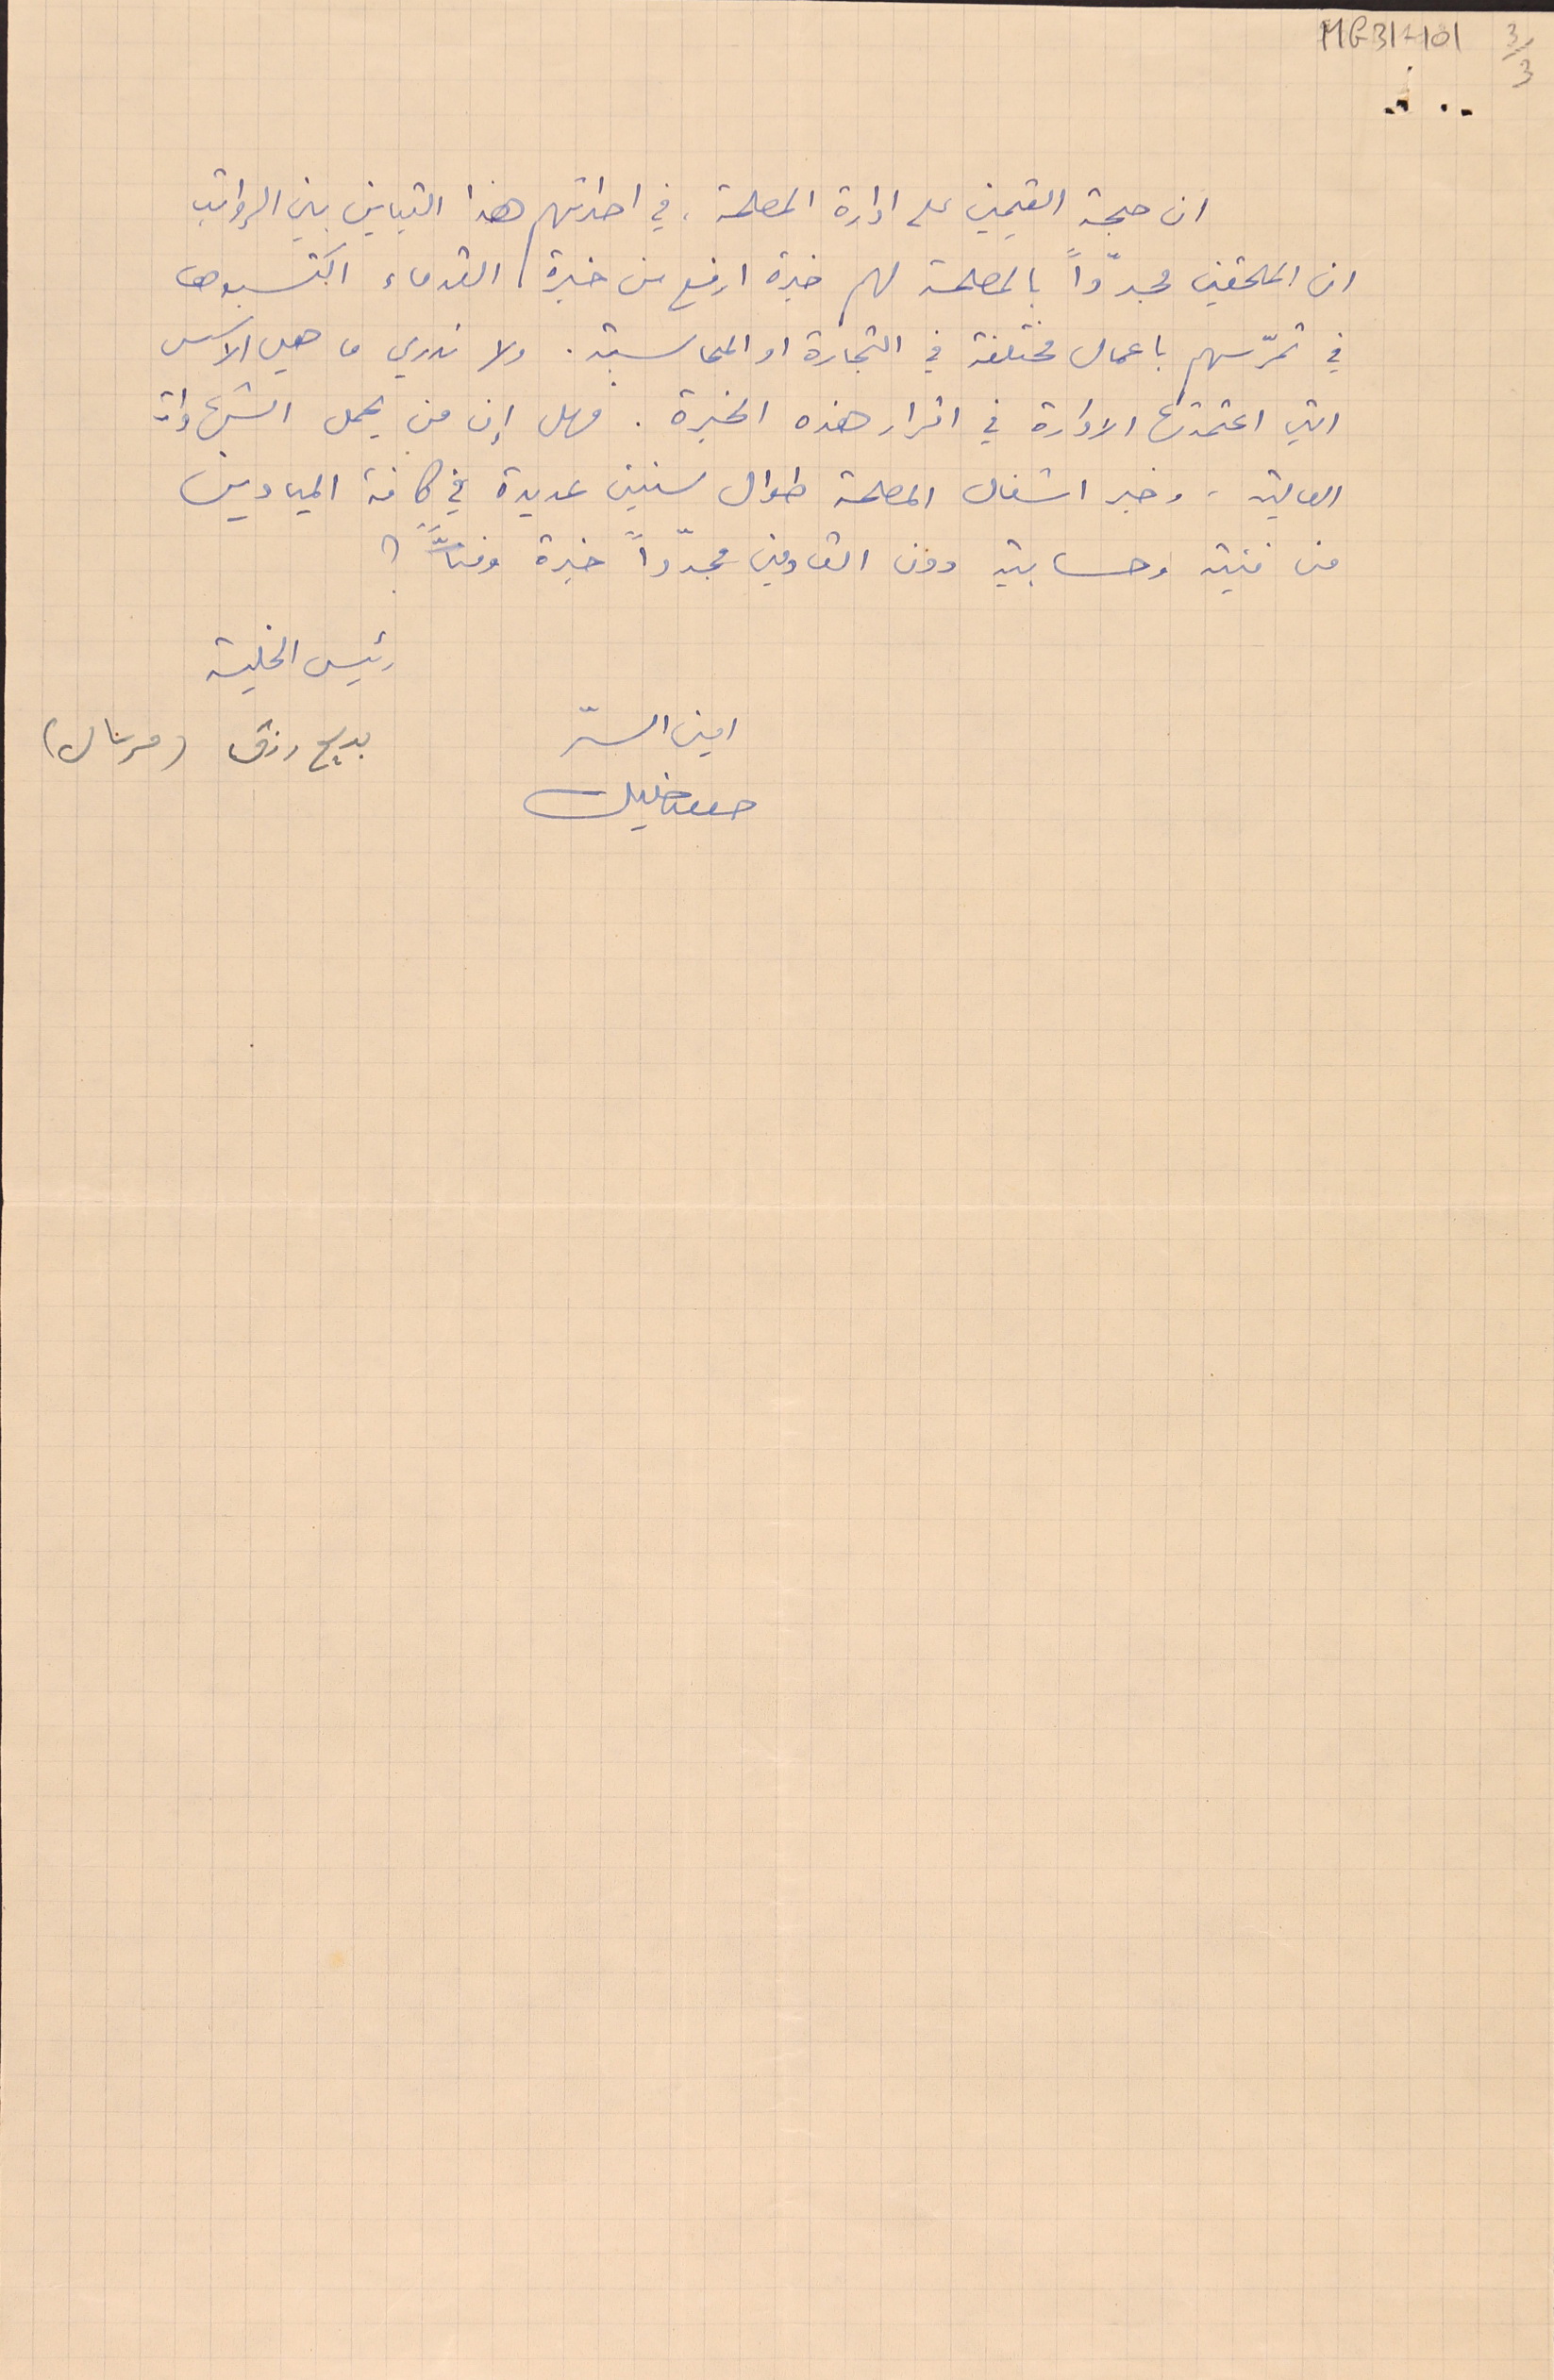
ان حجة القيمين على ادارة المصلحة، في احداثهم هذا التباين بين الرواتب
ان الملحقين مجدّداً بالمصلحة لهم خبرة ارفع من خبرة القدماء اكتسبوها
في تمرّسهم باعمال مختلفة في التجارة او المحاسبة. ولا ندري ما هي الاسس
التي اعتمدتها الادارة في اقرار هذه الخبرة. فهل إن من يحمل الشهادات
العالية. وخبر اشغال المصلحة طوال سنين عديدة في كافة الميادين
من فنية وحسابية دون القادمين مجدّداً خبرة وفنّاً ؟
رئيس الخلية بديع رزق (مرسال)
امين السرّ حسن خليل
MG31-101  3/3